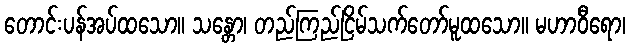
တောင်းပန်အပ်ထသော။ သန္တော၊ တည်ကြည်ငြိမ်သက်တော်မူထသော။ မဟာဝီရော၊